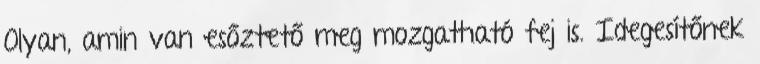
Olyan, amin van esőztető meg mozgatható fej is. Idegesítőnek